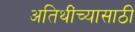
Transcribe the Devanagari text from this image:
अतिथींच्यासाठी